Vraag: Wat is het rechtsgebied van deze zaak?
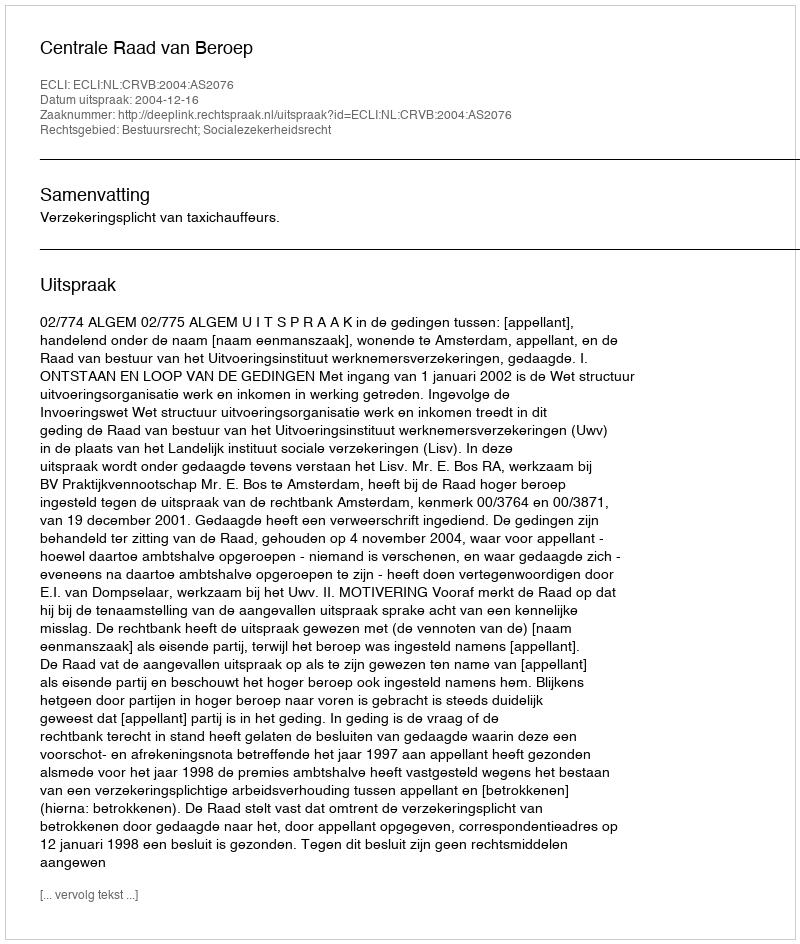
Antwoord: Bestuursrecht; Socialezekerheidsrecht